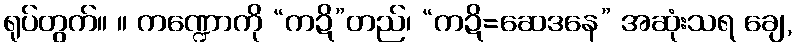
ရုပ်တွက်။ ။ ကဏ္ဍောကို “ကဍိ”တည်၊ “ကဍိ=ဆေဒနေ” အဆုံးသရ ချေ,